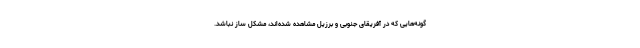
گونه‌هایی که در آفریقای جنوبی و برزیل مشاهده شده‌اند، مشکل ساز نباشد.